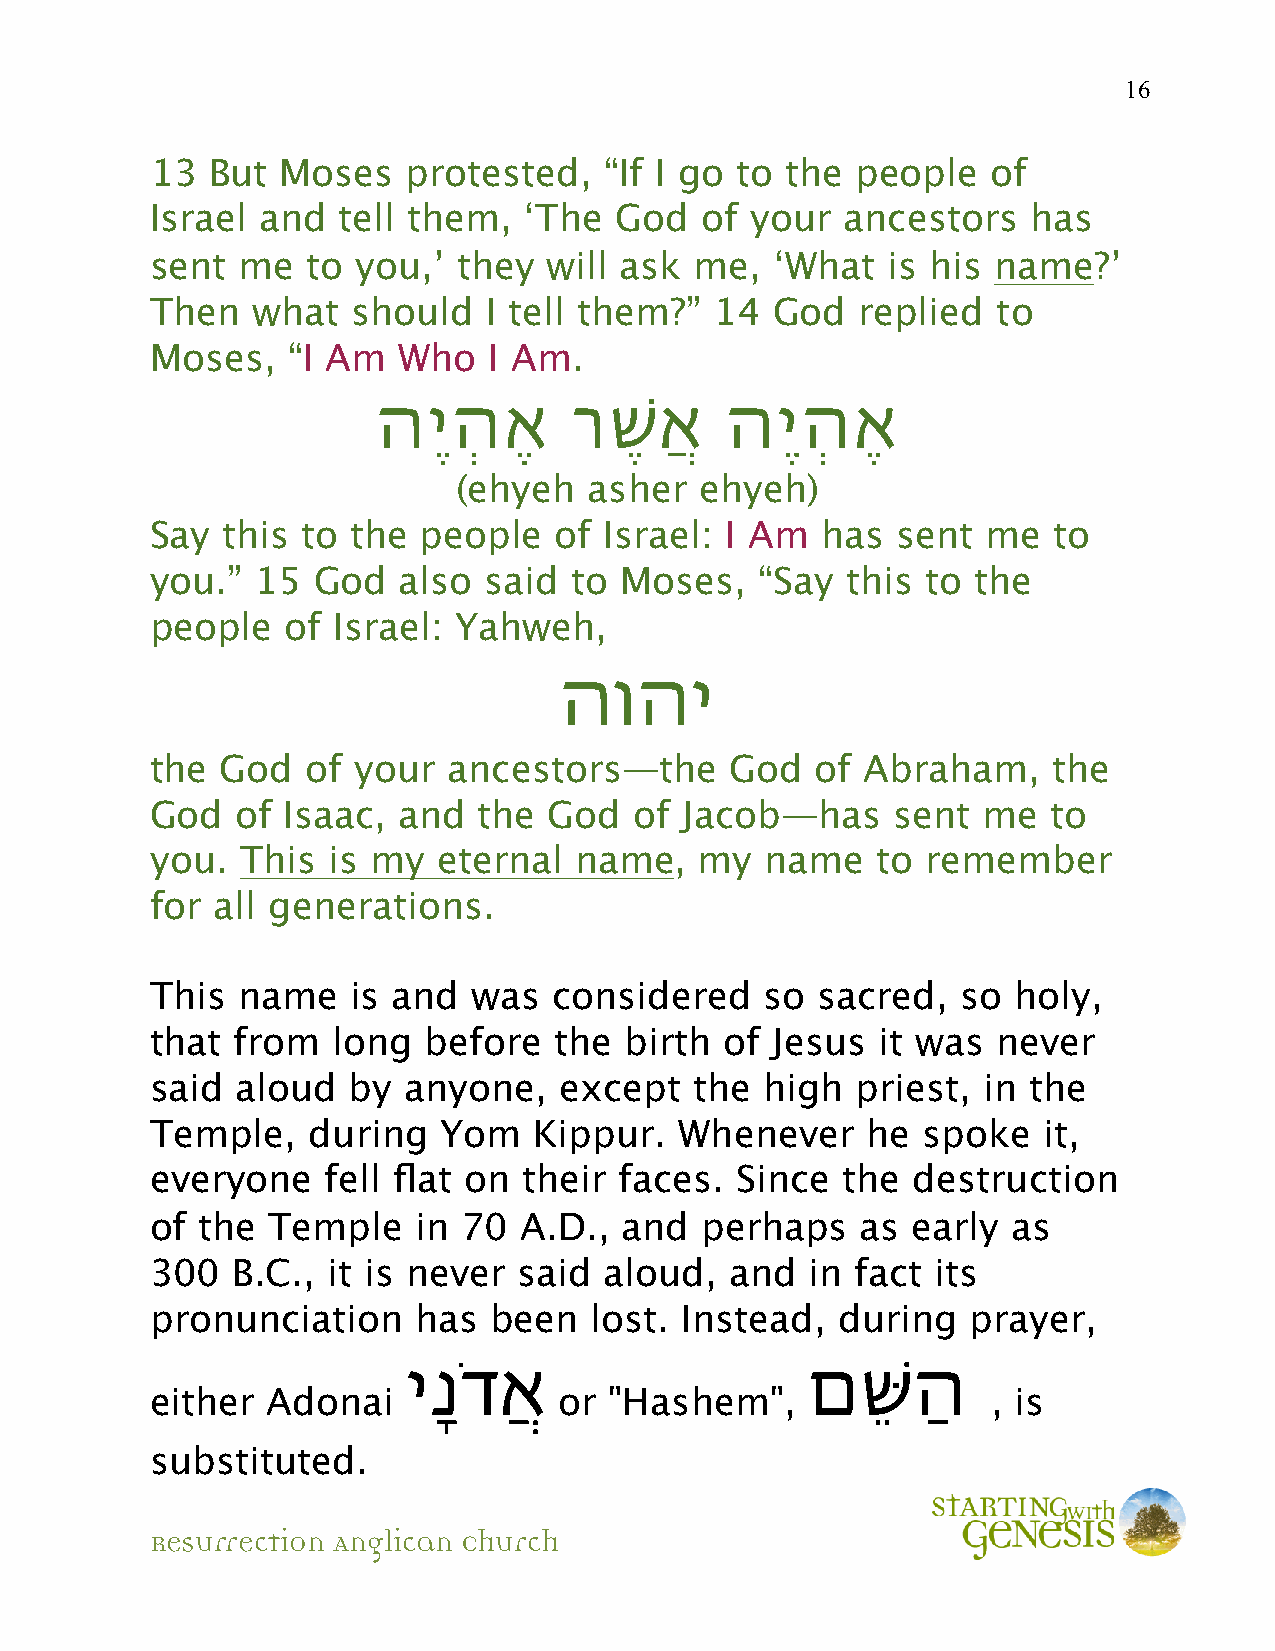
16
 13  But  Moses   protested,   “If I go to the  people   of
 Israel and  tell them,   ‘The  God  of  your  ancestors   has
 sent  me  to  you,’ they  will ask  me,  ‘What   is his name?’
 Then   what  should   I tell them?”  14  God   replied  to
 Moses,   “I Am  Who   I Am.
 הֶיְהֶא      רֶׁשֲא    הֶיְהֶא
 (ehyeh   asher  ehyeh)
 Say  this to the  people   of Israel: I Am  has  sent  me   to
 you.”  15  God  also  said  to Moses,   “Say  this to the
 people   of Israel: Yahweh,
 הוהי
 the  God  of your   ancestors—the     God   of Abraham,     the
 God   of Isaac, and   the God   of Jacob—has     sent  me   to
 you.  This  is my  eternal  name,   my   name   to remember
 for all generations.
 This  name   is and  was   considered    so sacred,   so holy,
 that from   long  before   the birth  of Jesus  it was  never
 said  aloud  by  anyone,   except   the high   priest, in the
 Temple,   during   Yom   Kippur.   Whenever    he  spoke   it,
 everyone    fell flat on their faces.  Since  the destruction
 of the  Temple    in 70 A.D.,  and  perhaps    as early  as
 300  B.C.,  it is never said  aloud,  and   in fact its
 pronunciation     has been   lost. Instead,  during   prayer,
 יָנדֲֹא                   םֵשַּׁה
 either  Adonai             or "Hashem",                 , is
 substituted.
 Resurrection Anglican Church